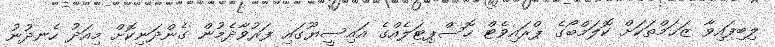
ލިބިފައިވާ ޒަޚަމްތަކަށް ކޮލަމްބޯގެ ޕްރައިވެޓް ހޮސްޕިޓަލެއްގެ އައިސީޔޫގައި ފަރުވާދެމުން ގެންދަނިކޮށް މިއަދު ހެނދުނު